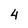
Character: 4